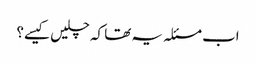
اب مسئلہ یہ تھا کہ چلیں کیسے؟